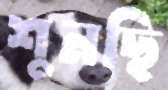
শুনছি